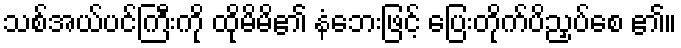
သစ်အယ်ပင်ကြီးကို ထိုမိမိ၏ နံဘေးဖြင့် ပြေးတိုက်ပိညှပ်စေ ၏။